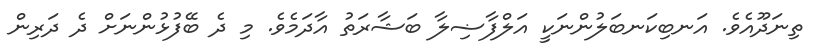
ތިނަދޫއެވެ. އަނބިކަނބަލުންނަކީ އަލްފާޟިލާ ބަޝާރަތު އާދަމެވެ. މި ދެ ބޭފުޅުންނަށް ދެ ދަރިން